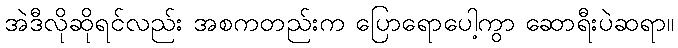
အဲဒီလိုဆိုရင်လည်း အစကတည်းက ပြောရောပေါ့ကွာ ဆောရီးပဲဆရာ။